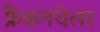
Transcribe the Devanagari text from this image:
फ्रैंकनथेलर